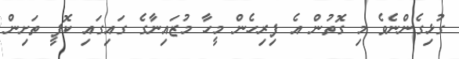
ގުޅިގެންނެވެ މި ގޮތުން އެ ފިރިހެން މީހާ މުޒައިނާގެ ގައިގައި ކޮފީ ތަށިން